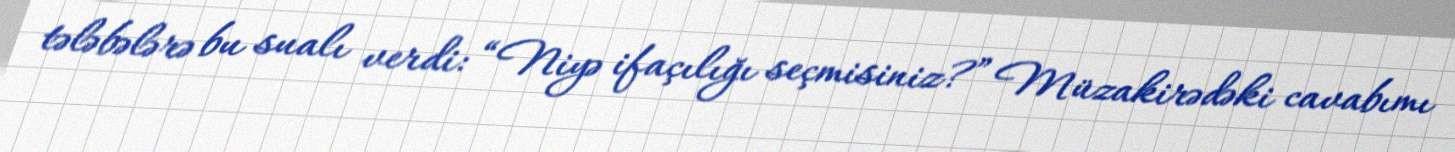
tələbələrə bu sualı verdi: “Niyə ifaçılığı seçmisiniz?” Müzakirədəki cavabımı